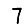
Digit: 7